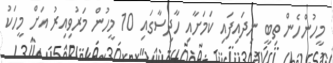
މީހުންހެން ތިބީ ނިދައިފައި ކަމަށާއި ހާދިސާގައި 10 މީހުން މަރުވިއިރު އަށް މީހަކު